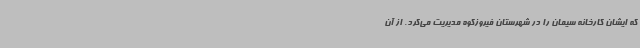
که ایشان کارخانه سیمان را در شهرستان فیروزکوه مدیریت می‌کرد. از آن